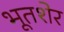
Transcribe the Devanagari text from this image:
भूतशेर